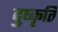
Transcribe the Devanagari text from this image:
दुष्कृति